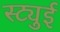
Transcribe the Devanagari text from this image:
स्ट्युई